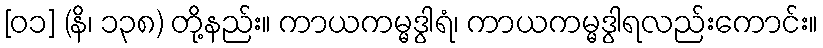
[၀၁] (နိ၊ ၁၃၈) တို့နည်း။ ကာယကမ္မဒွါရံ၊ ကာယကမ္မဒွါရလည်းကောင်း။